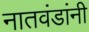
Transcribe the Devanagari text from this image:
नातवंडांनी